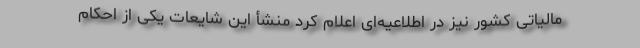
مالیاتی کشور نیز در اطلاعیه‌ای اعلام کرد منشأ این شایعات یکی از احکام